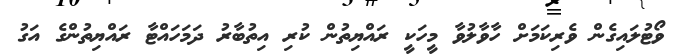
ވޯޓުލައިގެން ވެރިކަމަށް ހާވާލުވާ މީހަކީ ރައްޔިތުން ކުރި އިތުބާރު ދަމަހައްޓާ ރައްޔިތުންގެ އަގު